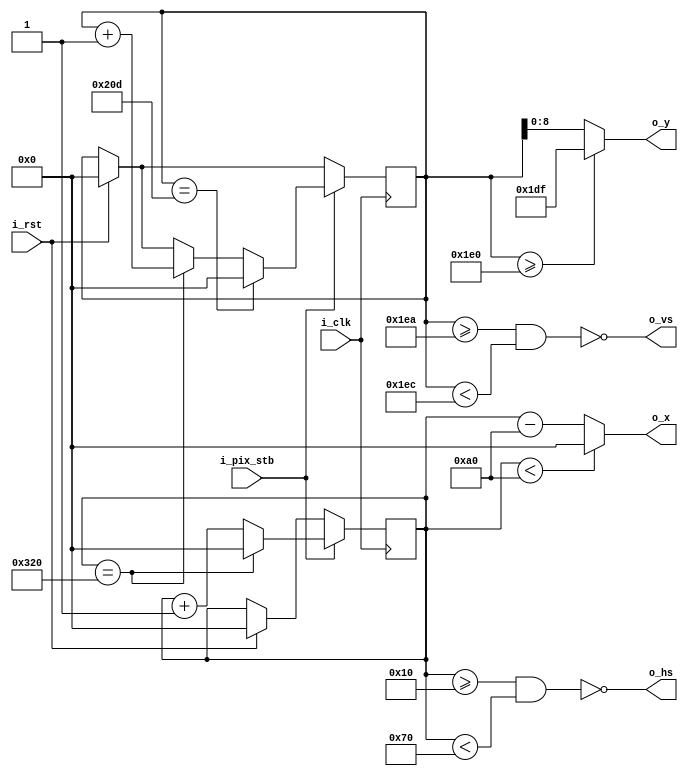
module vga640x480(
    input wire i_clk,           // base clock
    input wire i_pix_stb,       // pixel clock strobe
    input wire i_rst,           // reset: restarts frame
    output wire o_hs,           // horizontal sync
    output wire o_vs,           // vertical sync
    output wire [9:0] o_x,      // current pixel x position
    output wire [8:0] o_y       // current pixel y position
    );

    // VGA timings https://timetoexplore.net/blog/video-timings-vga-720p-1080p
    // Code adapted from following source: https://timetoexplore.net/blog/arty-fpga-vga-verilog-01

    localparam HS_STA = 16;              // horizontal sync start
    localparam HS_END = 16 + 96;         // horizontal sync end
    localparam HA_STA = 16 + 96 + 48;    // horizontal active pixel start
    localparam VS_STA = 480 + 10;        // vertical sync start
    localparam VS_END = 480 + 10 + 2;    // vertical sync end
    localparam VA_END = 480;             // vertical active pixel end
    localparam LINE   = 800;             // complete line (pixels)
    localparam SCREEN = 525;             // complete screen (lines)

    reg [9:0] h_count;  // line position
    reg [9:0] v_count;  // screen position

    // generate sync signals (active low for 640x480)
    assign o_hs = ~((h_count >= HS_STA) & (h_count < HS_END));
    assign o_vs = ~((v_count >= VS_STA) & (v_count < VS_END));

    // keep x and y bound within the active pixels
    assign o_x = (h_count < HA_STA) ? 0 : (h_count - HA_STA);
    assign o_y = (v_count >= VA_END) ? (VA_END - 1) : (v_count);
   

    always @ (posedge i_clk)
    begin
        if (i_rst)  // reset to start of frame
        begin
            h_count <= 0;
            v_count <= 0;
        end
        if (i_pix_stb)  // once per pixel
        begin
            if (h_count == LINE)  // end of line
            begin
                h_count <= 0;
                v_count <= v_count + 1;
            end
            else 
                h_count <= h_count + 1;

            if (v_count == SCREEN)  // end of screen
                v_count <= 0;
        end
    end
endmodule